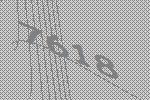
7618